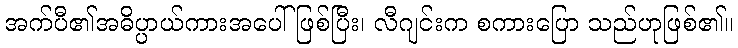
အက်ပီ၏အဓိပ္ပာယ်ကားအပေါ်ဖြစ်ပြီး၊ လီဂျင်းက စကားပြော သည်ဟုဖြစ်၏။